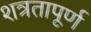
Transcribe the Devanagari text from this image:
शत्रतापूर्ण